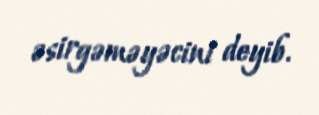
əsirgəməyəcini deyib.